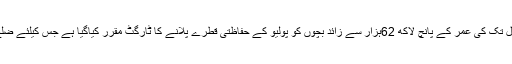
اس مہم کے دوران ضلع سرگودہا میں پانچ سال تک کی عمر کے پانچ لاکھ 62ہزار سے زائد بچوں کو پولیو کے حفاظتی قطرے پلانے کا ٹارگٹ مقرر کیاگیا ہے جس کیلئے ضلع بھر میں 1447 ٹیمیں تشکیل دی جائیں گی۔